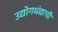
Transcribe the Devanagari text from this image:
उद्योगधंद्याची